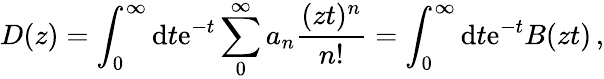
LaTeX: D(z)=\int_{0}^{\infty}\mathrm{d}t\mathrm{e}^{-t}\sum_{0}^{\infty}a_{n}\frac{(zt)^{n}}{n!}=\int_{0}^{\infty}\mathrm{d}t\mathrm{e}^{-t}B(zt)\, ,